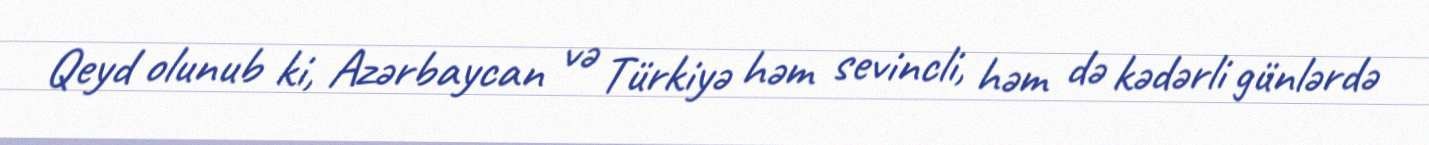
Qeyd olunub ki, Azərbaycan və Türkiyə həm sevincli, həm də kədərli günlərdə